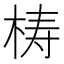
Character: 梼